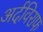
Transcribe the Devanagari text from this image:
अर्दविराफ